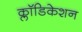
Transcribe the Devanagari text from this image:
क्लॉडिकेशन